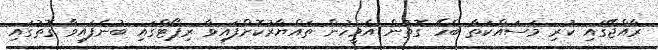
ރާއްޖޭގައި ކުރި މަސައްކަތާ ބެހޭ ގޮތުން އެމީހުން ތައްޔާރުކޮށްފައިވާ ރިޕޯޓްގައި ބުނެފައިވާ ގޮތުގައި